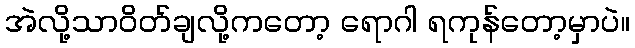
အဲလို့သာဝိတ်ချလို့ကတော့ ရောဂါ ရကုန်တော့မှာပဲ။